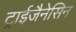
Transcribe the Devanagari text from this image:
ट्राईजैनेसिन